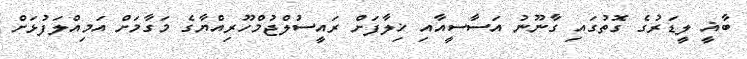
ބާޣީ ލީޑަރުގެ ގޮތުގައި ގާނޫނު އަސާސީއާއި ޚިލާފަށް ރައީސުލްޖުމްހޫރިއްޔާގެ މަގާމަށް އަމިއްލަފުޅަށް